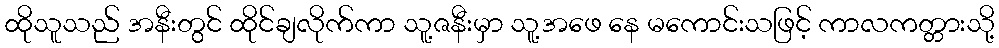
ထိုသူသည် အနီးတွင် ထိုင်ချလိုက်ကာ သူ့ဇနီးမှာ သူ့အဖေ နေ မကောင်းသဖြင့် ကာလကတ္တားသို့